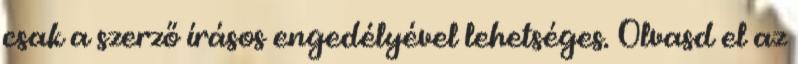
csak a szerző írásos engedélyével lehetséges. Olvasd el az